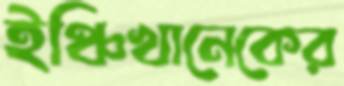
ইঞ্চিখানেকের